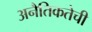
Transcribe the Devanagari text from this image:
अनैतिकतेची